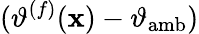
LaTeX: (\vartheta^{(f)}(\mathbf{x})-\vartheta_{\mathrm{amb}})